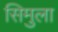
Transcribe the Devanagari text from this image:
सिमुला